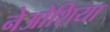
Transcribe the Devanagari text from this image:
नेओशिया